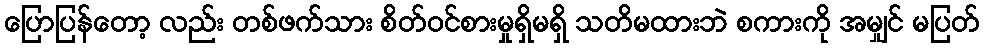
ပြောပြန်တော့ လည်း တစ်ဖက်သား စိတ်ဝင်စားမှုရှိမရှိ သတိမထားဘဲ စကားကို အမျှင် မပြတ်